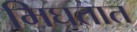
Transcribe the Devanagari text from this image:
मिघतात